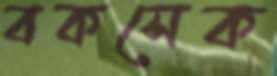
বকসেক